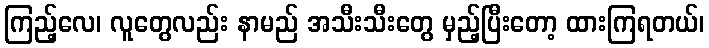
ကြည့်လေ၊ လူတွေလည်း နာမည် အသီးသီးတွေ မှည့်ပြီးတော့ ထားကြရတယ်၊